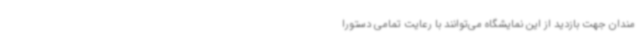
‌مندان جهت بازدید از این نمایشگاه می‌توانند با رعایت تمامی دستورا